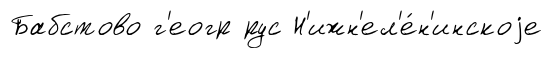
Бабстово г'еогр рус Н'ижн'ел'е́н'инскоjе